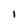
Character: I